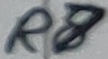
Text: R7